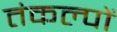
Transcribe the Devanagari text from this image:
तंकल्पों